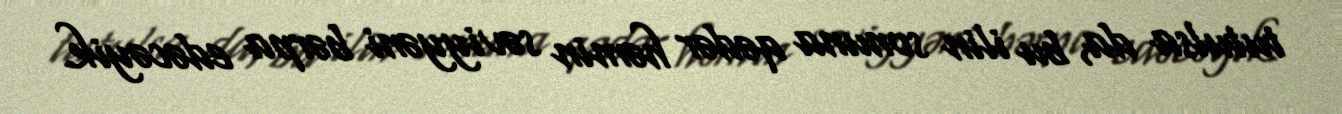
tutulsa da, bu ilin sonuna qədər həmin səviyyəni bərpa edəcəyik.